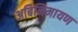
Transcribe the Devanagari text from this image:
अबिनिमायण